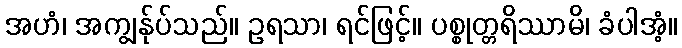
အဟံ၊ အကျွန်ုပ်သည်။ ဥရသာ၊ ရင်ဖြင့်။ ပစ္စုတ္တရိဿာမိ၊ ခံပါအံ့။